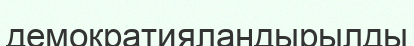
демократияландырылды